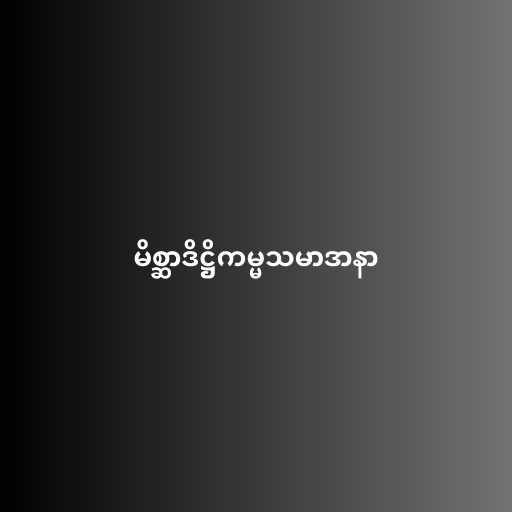
မိစ္ဆာဒိဋ္ဌိကမ္မသမာဒာနာ